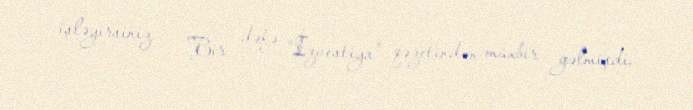
işləyirsiniz... - Bir dəfə “İzvestiya” qəzetindən müxbir gəlmişdi.